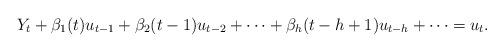
LaTeX: \begin{align*}Y_{t}+\beta _{1}(t)u_{t-1}+\beta _{2}(t-1)u_{t-2}+\cdots +\beta_{h}(t-h+1)u_{t-h}+\cdots =u_{t}. \end{align*}